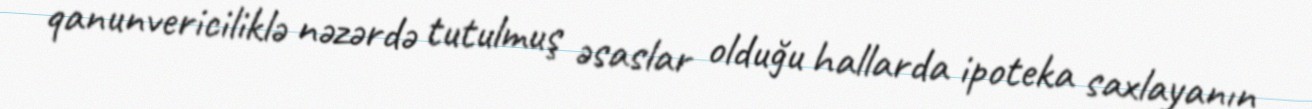
qanunvericiliklə nəzərdə tutulmuş əsaslar olduğu hallarda ipoteka saxlayanın